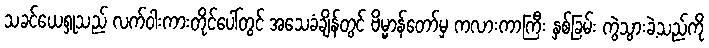
သခင်ယေရှုသည် လက်ဝါးကားတိုင်ပေါ်တွင် အသေခံချိန်တွင် ဗိမ္မာန်တော်မှ ကလားကာကြီး နှစ်ခြမ်း ကွဲသွားခဲ့သည်ကို